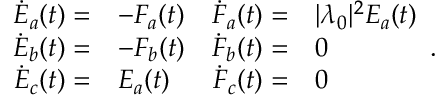
\begin{array} { r l r l } { \dot { E } _ { a } ( t ) = } & { - F _ { a } ( t ) } & { \dot { F } _ { a } ( t ) = } & { | \lambda _ { 0 } | ^ { 2 } E _ { a } ( t ) } \\ { \dot { E } _ { b } ( t ) = } & { - F _ { b } ( t ) } & { \dot { F } _ { b } ( t ) = } & { 0 } \\ { \dot { E } _ { c } ( t ) = } & { E _ { a } ( t ) } & { \dot { F } _ { c } ( t ) = } & { 0 } \end{array} .